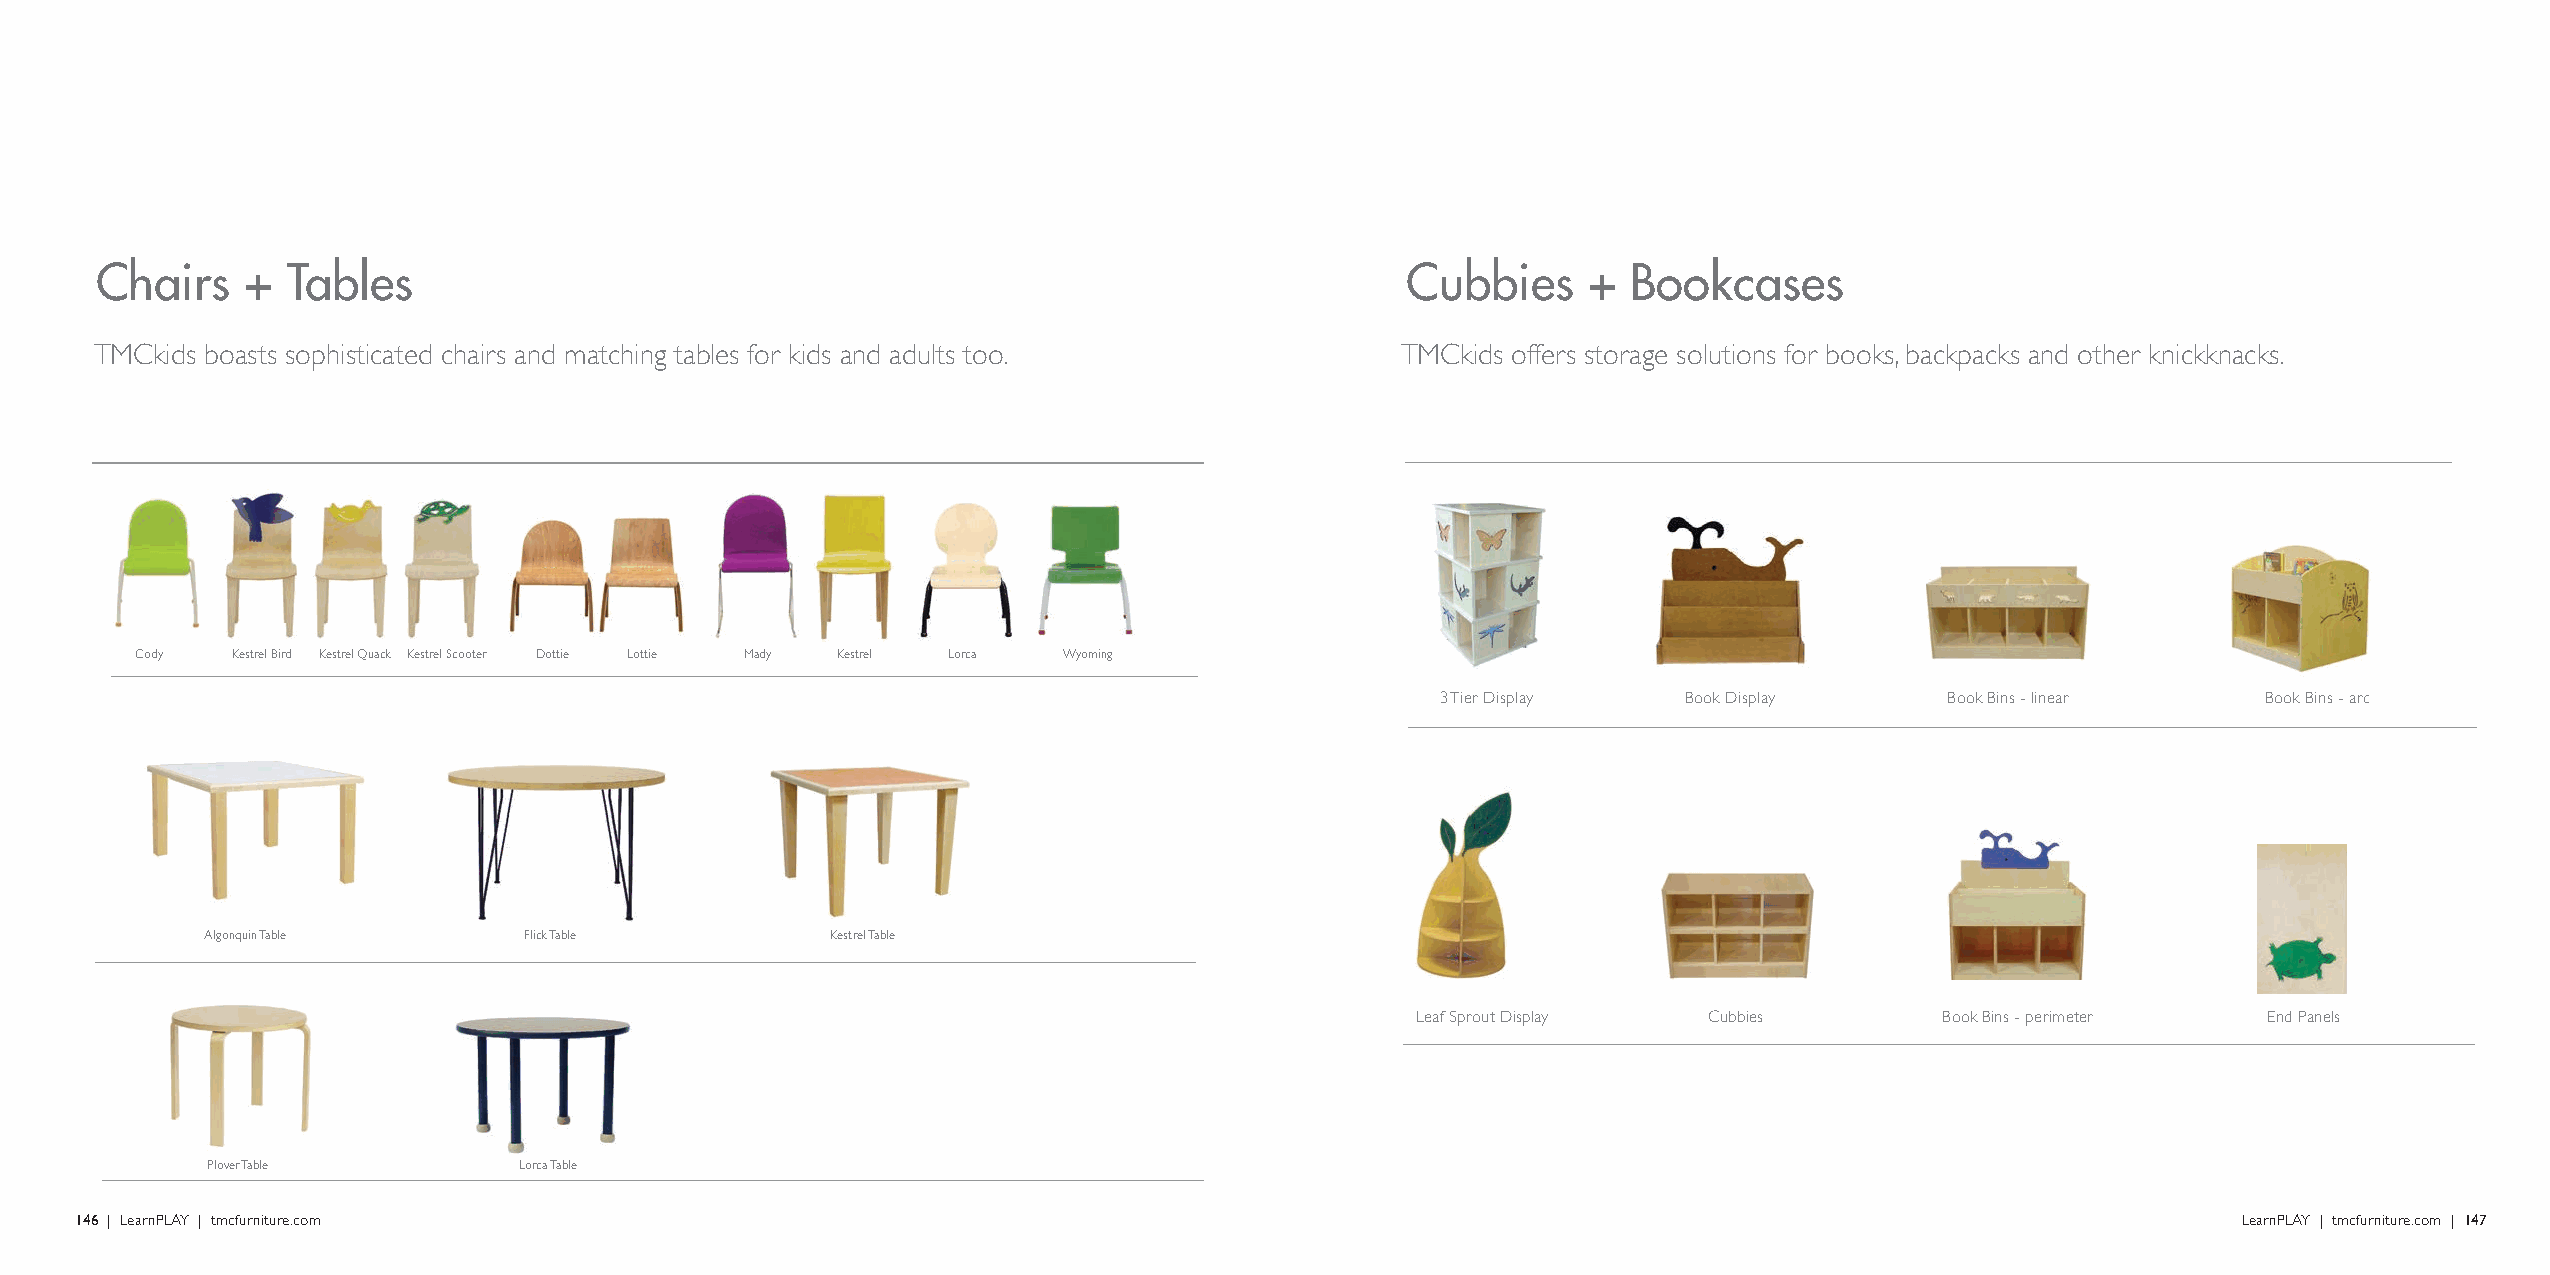
Chairs    +  Tables                                                                    Cubbies     +  Bookcases
 TMCkids boasts sophisticated chairs and matching tables for kids and adults too.       TMCkids offers storage solutions for books, backpacks and other knickknacks.
 Cody  Kestrel Bird Kestrel Quack Kestrel Scooter Dottie Lottie Mady Kestrel Lorca Wyoming
 3 Tier Display   Book Display     Book Bins - linear   Book Bins - arc
 Algonquin Table      Flick Table         Kestrel Table
 Leaf Sprout Display Cubbies        Book Bins - perimeter End Panels
 Plover Table        Lorca Table
 146 | LearnPLAY | tmcfurniture.com                                                                                                             LearnPLAY | tmcfurniture.com | 147